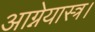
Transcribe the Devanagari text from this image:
आग्नेयास्त्र।